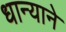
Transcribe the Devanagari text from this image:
धान्याने